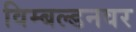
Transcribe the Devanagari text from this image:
विम्बल्डनवर